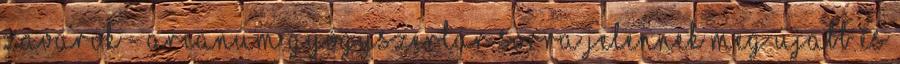
zavarok - Arcanum gyógyszertár Sorra jelennek meg újabb és